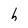
Character: h